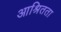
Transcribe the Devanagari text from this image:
आश्रितता